Vaccination Hyderabad 1872-1889 - 1872-1889
Year: 1872
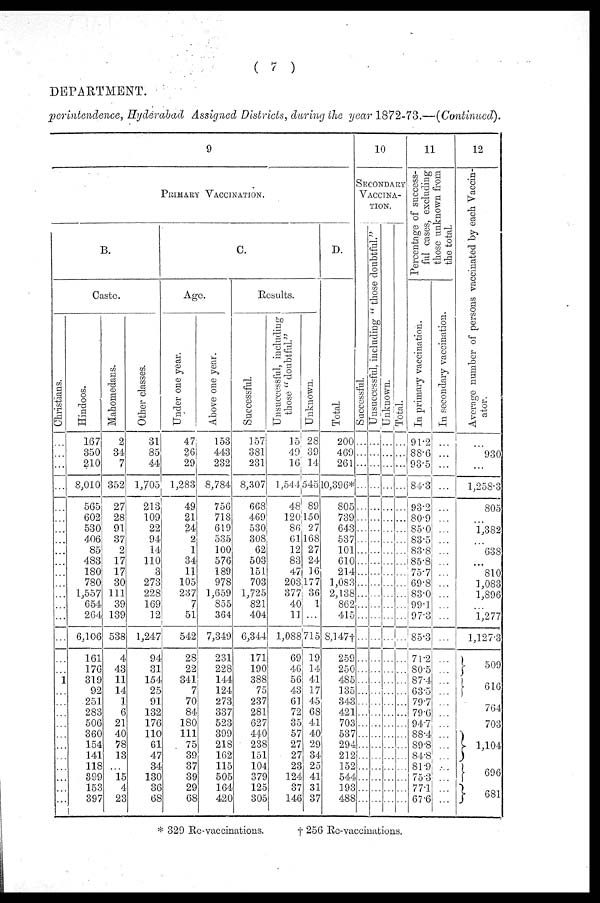
( 7 )
DEPARTMENT.
perintendence, Hyderabad Assigned Districts, during the year 1872-73.—(Continued).
9
PRIMARY VACCINATION.
B.
Caste.
Christians.
...
...
...
...
...
...
...
...
...
...
...
...
...
...
...
...
...
...
1
...
...
...
...
...
...
...
...
...
...
...
Hindoos.
167
350
210
8,010
565
602
530
406
85
483
180
780
1,557
654
264
6,106
161
176
319
92
251
283
506
360
154
141
118
399
153
397
Mahomedans.
2
34
7
352
27
28
91
37
2
17
17
30
111
39
139
538
4
43
11
14
1
6
21
40
78
13
...
15
4
23
Other classes.
31
85
44
1,705
213
109
22
94
14
110 3
273
228
169
12
1,247
94
31
154
25
91
132
176
110
61
47
34
130
36
68
C.
Age.
Under one year.
47
26
29
1,283
49
21
24
2
1
34
11
105
237
7
51
542
28
22
341
7
70
84
180
111
75
39
37
39
29
68
Above one year.
153
443
232
8,784
756
718
619
535
100
576
189
978
1,659
855
364
7,349
231
228
144
124
273
337
523
399
218
162
115
505
164
420
Results.
Successful.
157
381
231
8,307
668
469
530
308
62
503
151
703
1,725
821
404
6,344
171
190
388
75
237
281
627
440
238
151
104
379
125
305
Unsuccessful, including
those "doubtful."
15
49
16
1,544
48
120
86
61
12
83
47
203
377
40
11
1,088
69
46
56
43
61
72
35
57
27
27
23
124
37
146
Unknown.
28
39
14
545
89
150
27
168
27
24
16
177
36
1
...
715
19
14
41
17
45
68
41
40
29
34
25
41
31
37
D.
Total.
200
469
261
10,396*
805
739
...
537
101
610
214
1,083
2,138
862
415
8,147†
259
250
485
135
343
421
703
537
294
212
152
544
193
488
10
SECONDARY
VACCINA-
----.
Successful.
...
...
...
...
...
...
...
...
...
...
...
...
...
...
...
...
...
...
...
...
...
...
...
...
...
...
...
...
...
Unsuccessful, including " those doubtful."
...
...
...
...
...
...
...
...
...
...
...
...
...
...
...
...
...
...
...
...
...
...
...
...
...
...
...
...
...
...
Unknown.
...
...
...
...
...
...
...
...
...
...
...
...
...
...
...
...
...
...
...
...
...
...
...
...
...
...
...
...
...
...
Total.
...
...
...
...
...
...
...
...
...
...
...
...
...
...
...
...
...
...
...
...
...
...
...
...
...
...
...
...
...
...
11
Percentage of success-
ful cases, excluding
those unknown from
the total.
In primary vaccination.
91.2
88.6
93.5
84.3
93.2
80.9
85.0
83.5
83.8
85.8
75.7
69.8
83.0
99.1
97.3
85.3
71.2
80.5
87.4
63.5
79.7
79.6
94.7
88.4
89.8
84.8
81.9
75.3
77.1
67.6
In secondary vaccination.
...
...
...
...
...
...
...
...
...
...
...
...
...
...
...
...
...
...
...
...
...
...
...
...
...
...
...
...
...
...
12
Average number of persons vaccinated by each Vaccin-
ator.
...
930
...
1,258.3
805
...
1,382
...
638
...
810
1,083
1,896
...
1,277
1,127.3
509
616
764
703
1,104
696
681
* 329 Re-vaccinations.
† 256 Re-vaccinations.